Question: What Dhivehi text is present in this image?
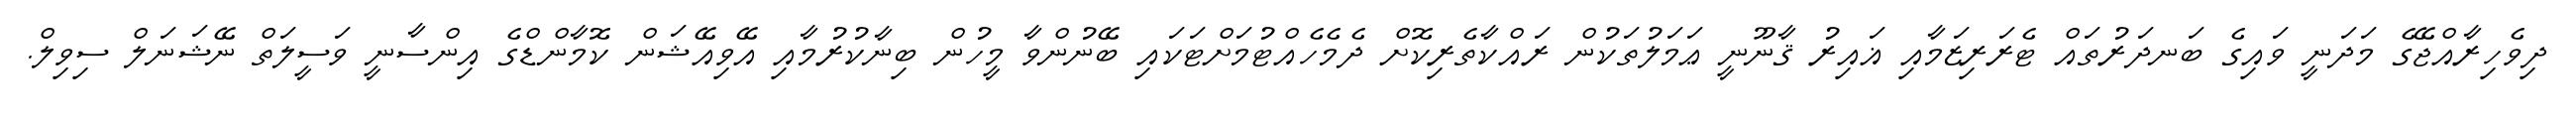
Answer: ދިވެހިރާއްޖޭގެ މަދަނީ ވައިގެ ބަނދަރުތައް ޓެރަރިޒަމާއި ޣައިރު ޤާނޫނީ ޢަމަލުތަކުން ރައްކާތެރިކޮށް ދެމެހެއްޓުމަށްޓަކައި ބޭނުންވާ މީހުން ބިނާކުރުމާއި އޭވިއޭޝަން ކޮމާންޑްގެ އިންސާނީ ވަސީލަތް ނޭޝަނަލް ސިވިލް.